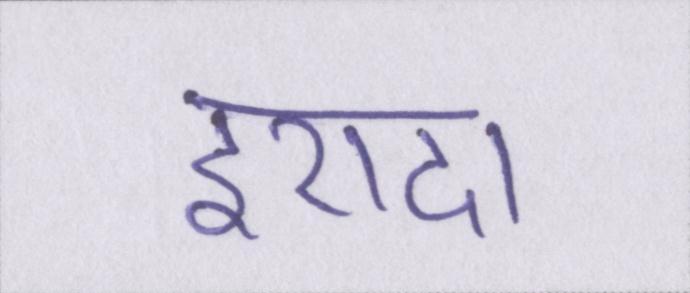
इरादा